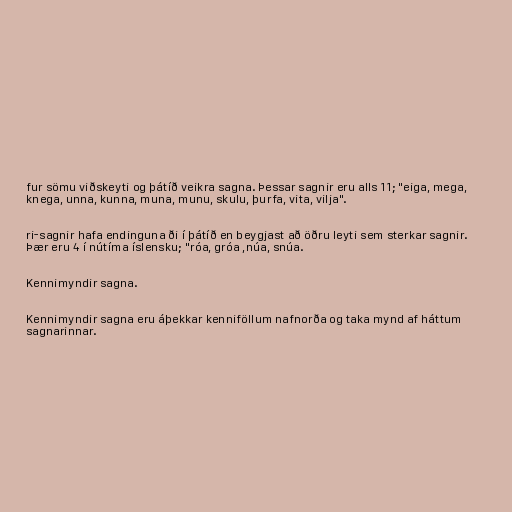
fur sömu viðskeyti og þátíð veikra sagna. Þessar sagnir eru alls 11; "eiga, mega,
knega, unna, kunna, muna, munu, skulu, þurfa, vita, vilja".

ri-sagnir hafa endinguna ði í þátíð en beygjast að öðru leyti sem sterkar sagnir.
Þær eru 4 í nútíma íslensku; "róa, gróa ,núa, snúa.

Kennimyndir sagna.

Kennimyndir sagna eru áþekkar kenniföllum nafnorða og taka mynd af háttum
sagnarinnar.